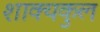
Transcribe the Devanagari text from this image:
शाक्यकुल